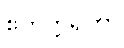
ဧကုတ္တရိကာ